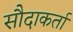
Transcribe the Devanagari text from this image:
सौदाकर्ता